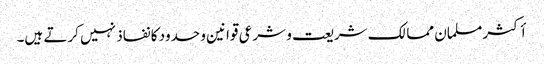
أکثر مسلمان ممالک شریعت و شرعی قوانین و حدود کا نفاذ نہیں کرتے ہیں۔